Vaccination in Bombay 1874-1876 - 1874-1876
Year: 1874
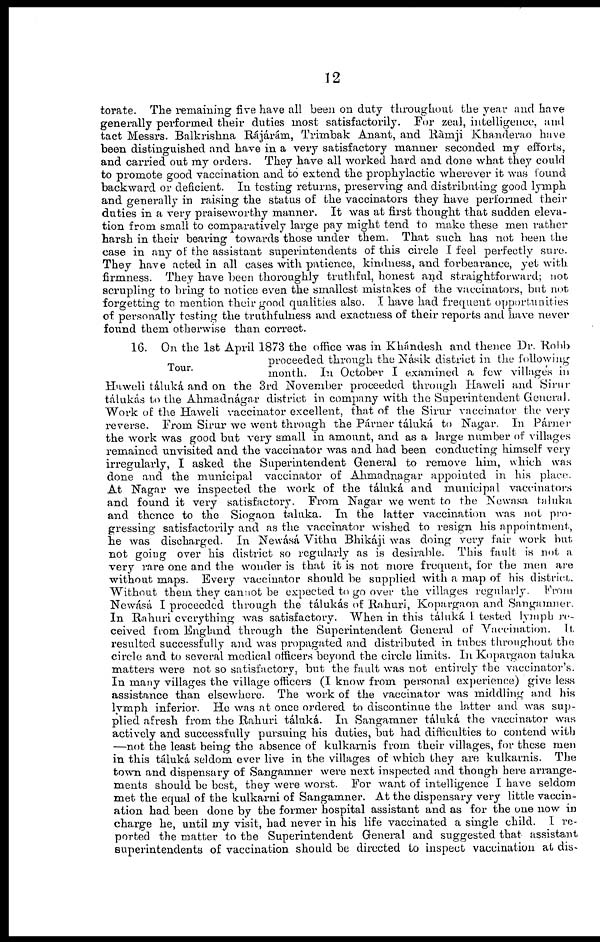
12
torate. The remaining five have all been on duty throughout the year and have
generally performed their duties most satisfactorily. For zeal, intelligence, and
tact Messrs. Balkrishna Rájárám, Trimbak Anant, and Ràmji Khanderao have
been distinguished and have in a very satisfactory manner seconded my efforts,
and carried out my orders. They have all worked hard and done what they could
to promote good vaccination and to extend the prophylactic wherever it was found
backward or deficient. In testing returns, preserving and distributing good lymph
and generally in raising the status of the vaccinators they have performed their
duties in a very praiseworthy manner. It was at first thought that sudden eleva-
tion from small to comparatively large pay might tend to make these men rather
harsh in their bearing towards those under them. That such has not been the
case in any of the assistant superintendents of this circle I feel perfectly sure.
They have acted in all cases with patience, kindness, and forbearance, yet with
firmness.
They have been thoroughly truthful, honest and straightforward; not
scrupling to bring to notice even the smallest mistakes of the vaccinators, but not
forgetting to mention their good qualities also. I have had frequent opportunities
of personally testing the truthfulness and exactness of their reports and have never
found them otherwise than correct.
Tour.
16. On the 1st April 1873 the office was in Khándesh and thence Dr. Robb
proceeded through the Násik district in the following
month. In October I examined a few villages in
Haweli táluká and on the 3rd November proceeded through Haweli and Sirur
tálukás to the Ahmadnágar district in company with the Superintendent General.
Work of the Haweli vaccinator excellent, that of the Sirur vaccinator the very
reverse. From Sirur we went through the Párner táluká to Nagar. In Párner
the work was good but very small in amount, and as a large number of villages
remained unvisited and the vaccinator was and had been conducting himself very
irregularly, I asked the Superintendent General to remove him, which was
done and the municipal vaccinator of Ahmadnagar appointed in his place.
At Nagar we inspected the work of the táluká and municipal vaccinators
and found it very satisfactory. From Nagar we went to the Newasa taluka
and thence to the Siogaon taluka. In the latter vaccination was not pro-
gressing satisfactorily and as the vaccinator wished to resign his appointment,
he was discharged. In Newásá Vithu Bhikáji was doing very fair work but
not going over his district so regularly as is desirable. This fault is not a
very rare one and the wonder is that it is not more frequent, for the men are
without maps. Every vaccinator should be supplied with a map of his district.
Without them they can not be expected to go over the villages regularly. From
Newásá I proceeded through the tálukás of Rahuri, Kopargaon and Sangamner.
In Rahuri everything was satisfactory. When in this táluká I tested lymph re-
ceived from England through the Superintendent General of Vaccination. It
resulted successfully and was propagated and distributed in tubes throughout the
circle and to several medical officers beyond the circle limits. In Kopargaon taluka
matters were not so satisfactory, but the fault was not entirely the vaccinator's.
In many villages the village officers (I know from personal experience) give less
assistance than elsewhere. The work of the vaccinator was middling and his
lymph inferior. He was at once ordered to discontinue the latter and was sup-
plied afresh from the Rahuri táluká. In Sangamner táluká the vaccinator was
actively and successfully pursuing his duties, but had difficulties to contend with
—not the least being the absence of kulkarnis from their villages, for these men
in this táluká seldom ever live in the villages of which they are kulkarnis. The
town and dispensary of Sangamner were next inspected and though here arrange-
ments should be best, they were worst. For want of intelligence I have seldom
met the equal of the kulkarni of Sangamner. At the dispensary very little vaccin-
ation had been done by the former hospital assistant and as for the one now in
charge he, until my visit, had never in his life vaccinated a single child. I re-
ported the matter to the Superintendent General and suggested that assistant
superintendents of vaccination should be directed to inspect vaccination at dis-